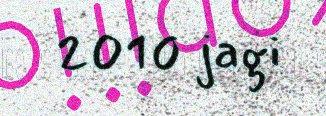
2010 jagi